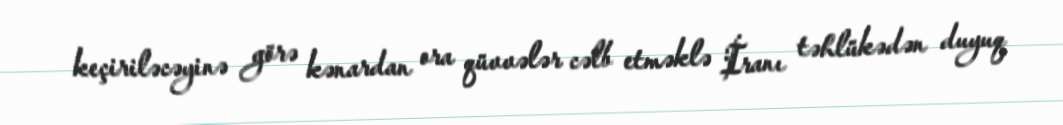
keçiriləcəyinə görə kənardan ora qüvvələr cəlb etməklə İranı təhlükədən duyuq